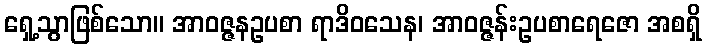
ရှေ့သွာဖြစ်သော။ အာဝဇ္ဇနဥပစာ ရာဒိဝသေန၊ အာဝဇ္ဇန်းဥပစာရေဇော အစရှိ